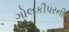
ગોલકીપરની